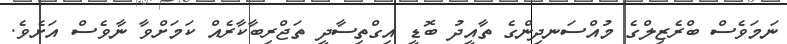
ނަމަވެސް ބްރެޒިލްގެ މުއްސަނދިންގެ ތާއީދު ބޮޑީ އިގްތިސާދީ ތަޖްރިބާކާރެއް ކަމަށްވާ ނާވެސް އަށެވެ.